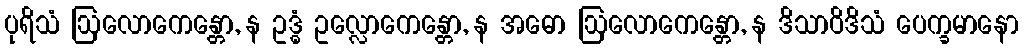
ပုရိသံ ဩလောကေန္တော, န ဥဒ္ဓံ ဥလ္လောကေန္တော, န အဓော ဩလောကေန္တော, န ဒိသာဝိဒိသံ ပေက္ခမာနော